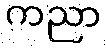
ကညာ